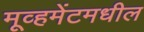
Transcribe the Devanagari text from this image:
मूव्हमेंटमधील